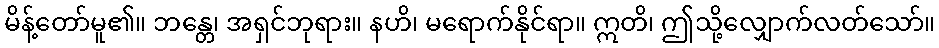
မိန့်တော်မူ၏။ ဘန္တေ၊ အရှင်ဘုရား။ နဟိ၊ မရောက်နိုင်ရာ။ ဣတိ၊ ဤသို့လျှောက်လတ်သော်။